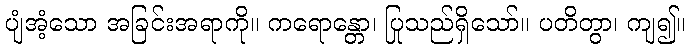
ပျံအံ့သော အခြင်းအရာကို။ ကရောန္တော၊ ပြုသည်ရှိသော်။ ပတိတွာ၊ ကျ၍။